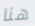
هنا